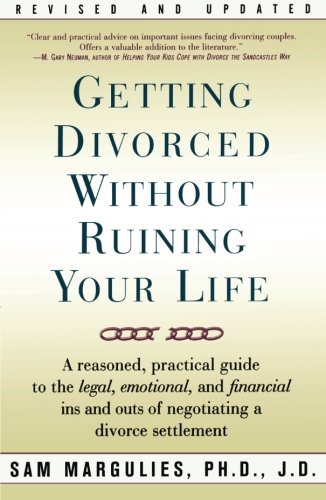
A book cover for Getting Divorced Without Ruining Your Life: A Reasoned, Practical Guide to the Legal, Emotional and Financial Ins and Outs of Negotiating a Divorce Settlement; Sam Margulies; Law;